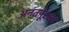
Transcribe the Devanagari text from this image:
अनंतपूरला